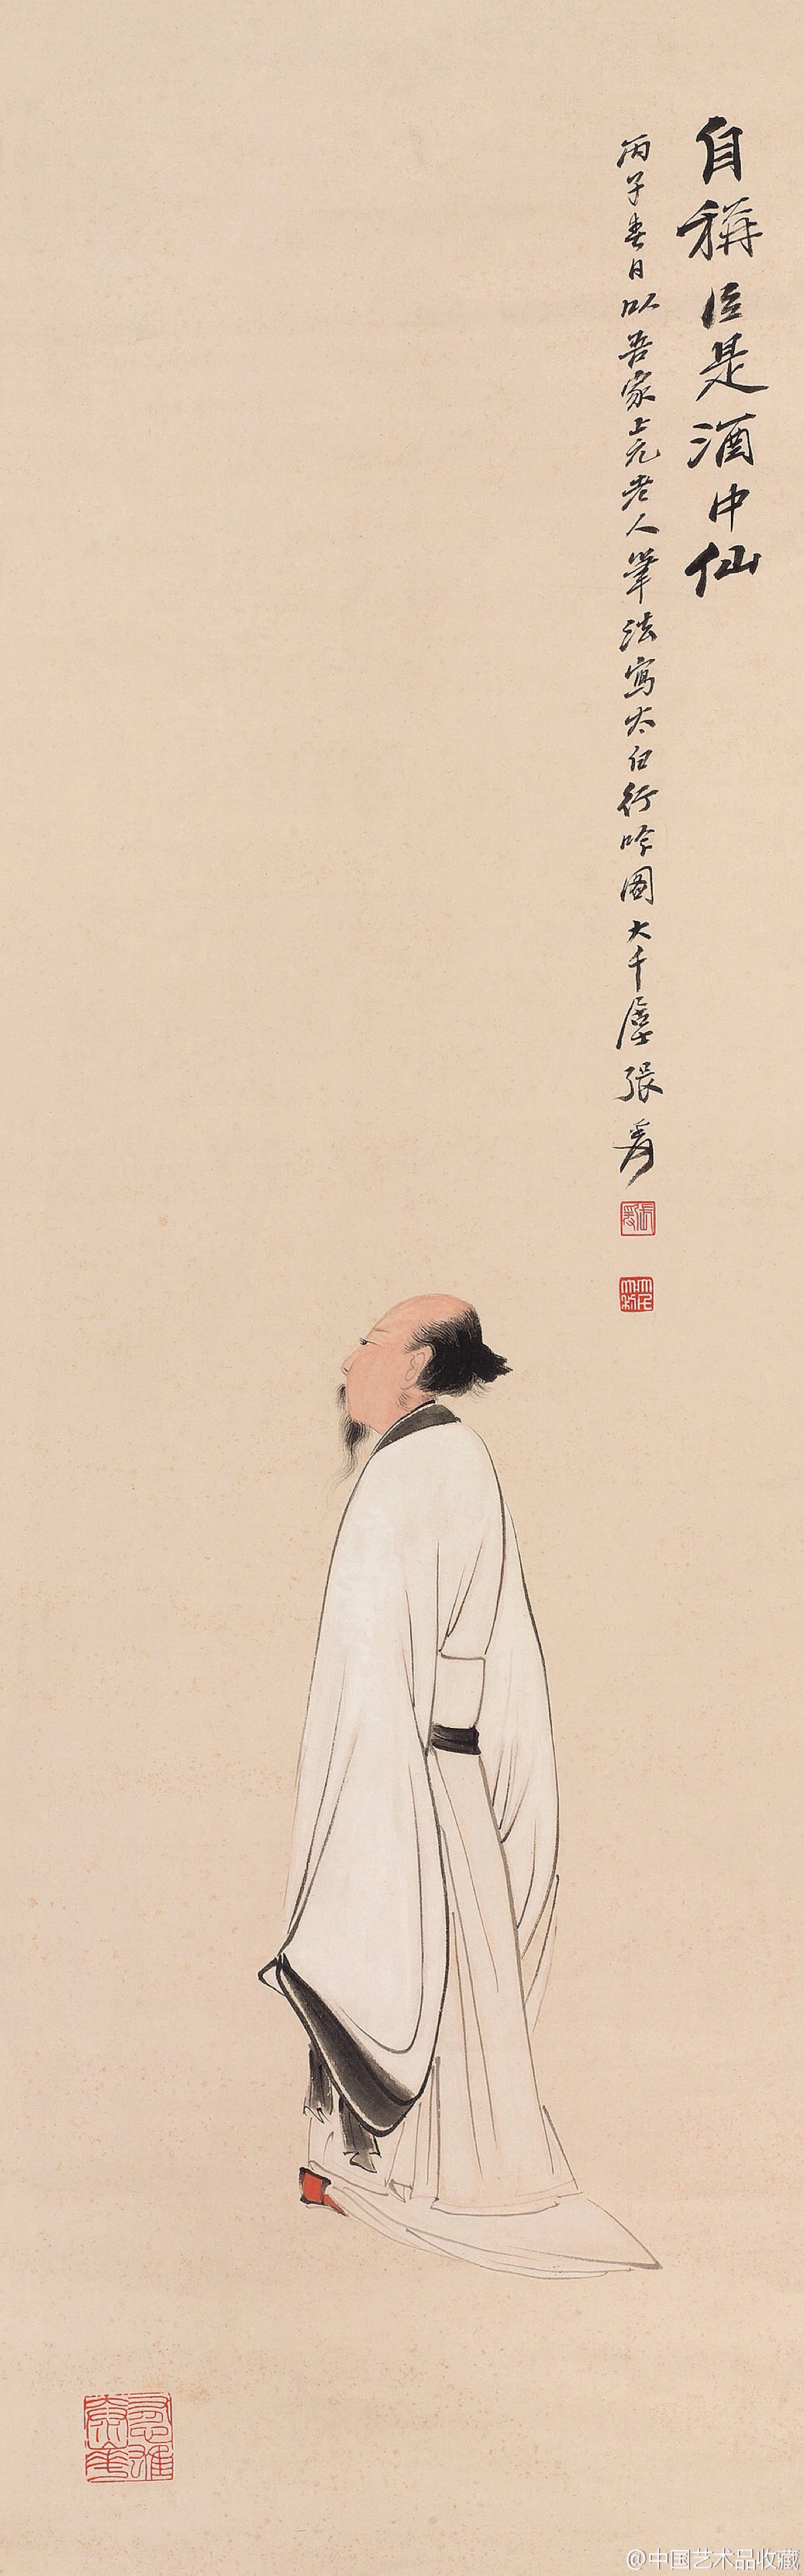
士无事而食，不可也。